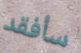
سأفقد